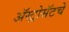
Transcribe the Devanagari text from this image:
ॲस्ट्रोसॅटचे